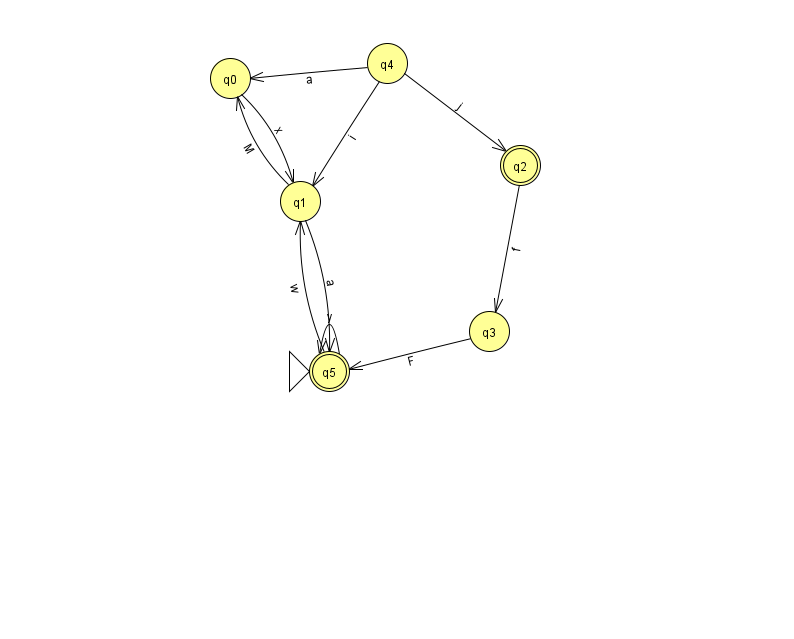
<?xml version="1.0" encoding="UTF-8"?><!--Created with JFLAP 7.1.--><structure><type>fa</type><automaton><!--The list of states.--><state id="0" name="q0"><x>230.0</x><y>65.0</y></state><state id="1" name="q1"><x>300.0</x><y>188.0</y></state><state id="2" name="q2"><x>520.0</x><y>152.0</y><final/></state><state id="3" name="q3"><x>489.0</x><y>318.0</y></state><state id="4" name="q4"><x>387.0</x><y>50.0</y></state><state id="5" name="q5"><x>329.0</x><y>358.0</y><initial/><final/></state><!--The list of transitions.--><transition><from>4</from><to>0</to><read>a</read></transition><transition><from>4</from><to>2</to><read>j</read></transition><transition><from>3</from><to>5</to><read>F</read></transition><transition><from>2</from><to>3</to><read>f</read></transition><transition><from>5</from><to>5</to><read>y</read></transition><transition><from>0</from><to>1</to><read>x</read></transition><transition><from>1</from><to>5</to><read>a</read></transition><transition><from>4</from><to>1</to><read>i</read></transition><transition><from>5</from><to>1</to><read>w</read></transition><transition><from>1</from><to>0</to><read>M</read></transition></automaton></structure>